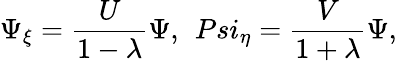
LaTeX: \Psi_{\xi}=\frac{U}{1-\lambda}\Psi,\ \, Psi_{\eta}=\frac{V}{1+\lambda}\Psi,